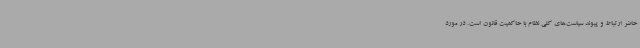
حاضر ارتباط و پیوند سیاست‌های کلی نظام با حاکمیت قانون است. در مورد